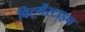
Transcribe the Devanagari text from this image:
विट्गेंस्टाइन